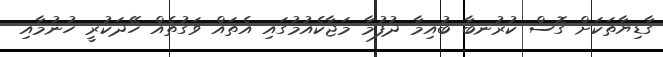
ގާޑިޔާތަކަށް ގޮސް ކުރުނބާ ބުއިމާ ދުފުމާ މަޖާކެއުމުގައި އެތައް ވަގުތެއް ހޭދަކުރީ ހުނުމާއި